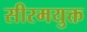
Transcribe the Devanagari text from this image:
सीरमयुक्त